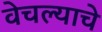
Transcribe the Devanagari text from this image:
वेचल्याचे